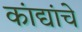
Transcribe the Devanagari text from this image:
कांद्यांचे